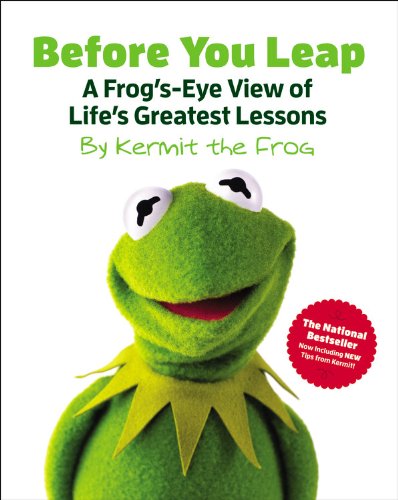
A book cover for Before You Leap: A Frog's-Eye View of Life's Greatest Lessons (The Muppets); Teen & Young Adult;